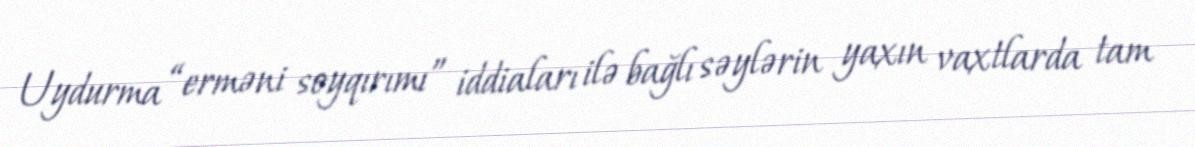
Uydurma “erməni soyqırımı” iddiaları ilə bağlı səylərin yaxın vaxtlarda tam